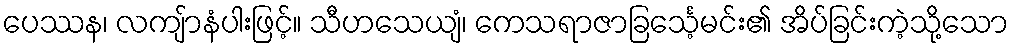
ပေဿန၊ လကျ်ာနံပါးဖြင့်။ သီဟသေယျံ၊ ကေသရာဇာခြင်္သေ့မင်း၏ အိပ်ခြင်းကဲ့သို့သော